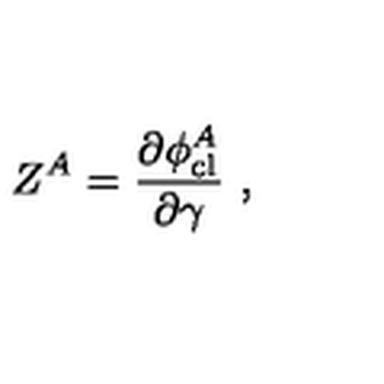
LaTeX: Z ^ { A } = \frac { \partial \phi _ { \mathrm { c l } } ^ { A } } { \partial \gamma } \ ,